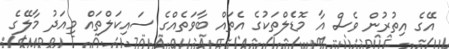
އޭގެ އިތުރުން ވެސް އާ މޮޑެލްތަކުގެ އެތައް ބާވަތެއްގެ ސައިކަލްތައް މިއަދު މާލޭގެ